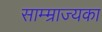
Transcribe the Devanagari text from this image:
साम्म्राज्यका